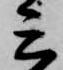
三